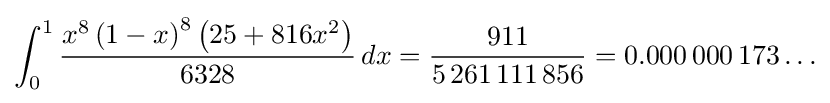
\int _{0}^{1}{\frac {x^{8}\left(1-x\right)^{8}\left(25+816x^{2}\right)}{6328}}\,dx={\frac {911}{5\,261\,111\,856}}=0.000\,000\,173\ldots